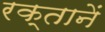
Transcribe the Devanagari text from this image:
रक्तानें